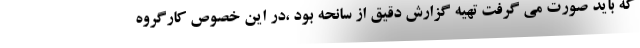
که باید صورت می گرفت تهیه گزارش دقیق از سانحه بود ،در این خصوص کارگروه